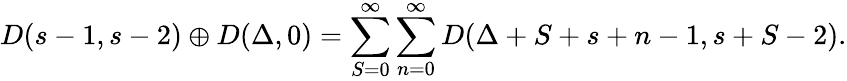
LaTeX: D(s-1,s-2)\oplus D(\Delta,0)=\sum_{S=0}^{\infty}\sum_{n=0}^{\infty}D(\Delta+S+s+n-1,s+S-2).